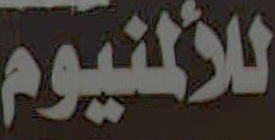
للألمنيوم